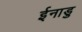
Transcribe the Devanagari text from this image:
ईनाडु